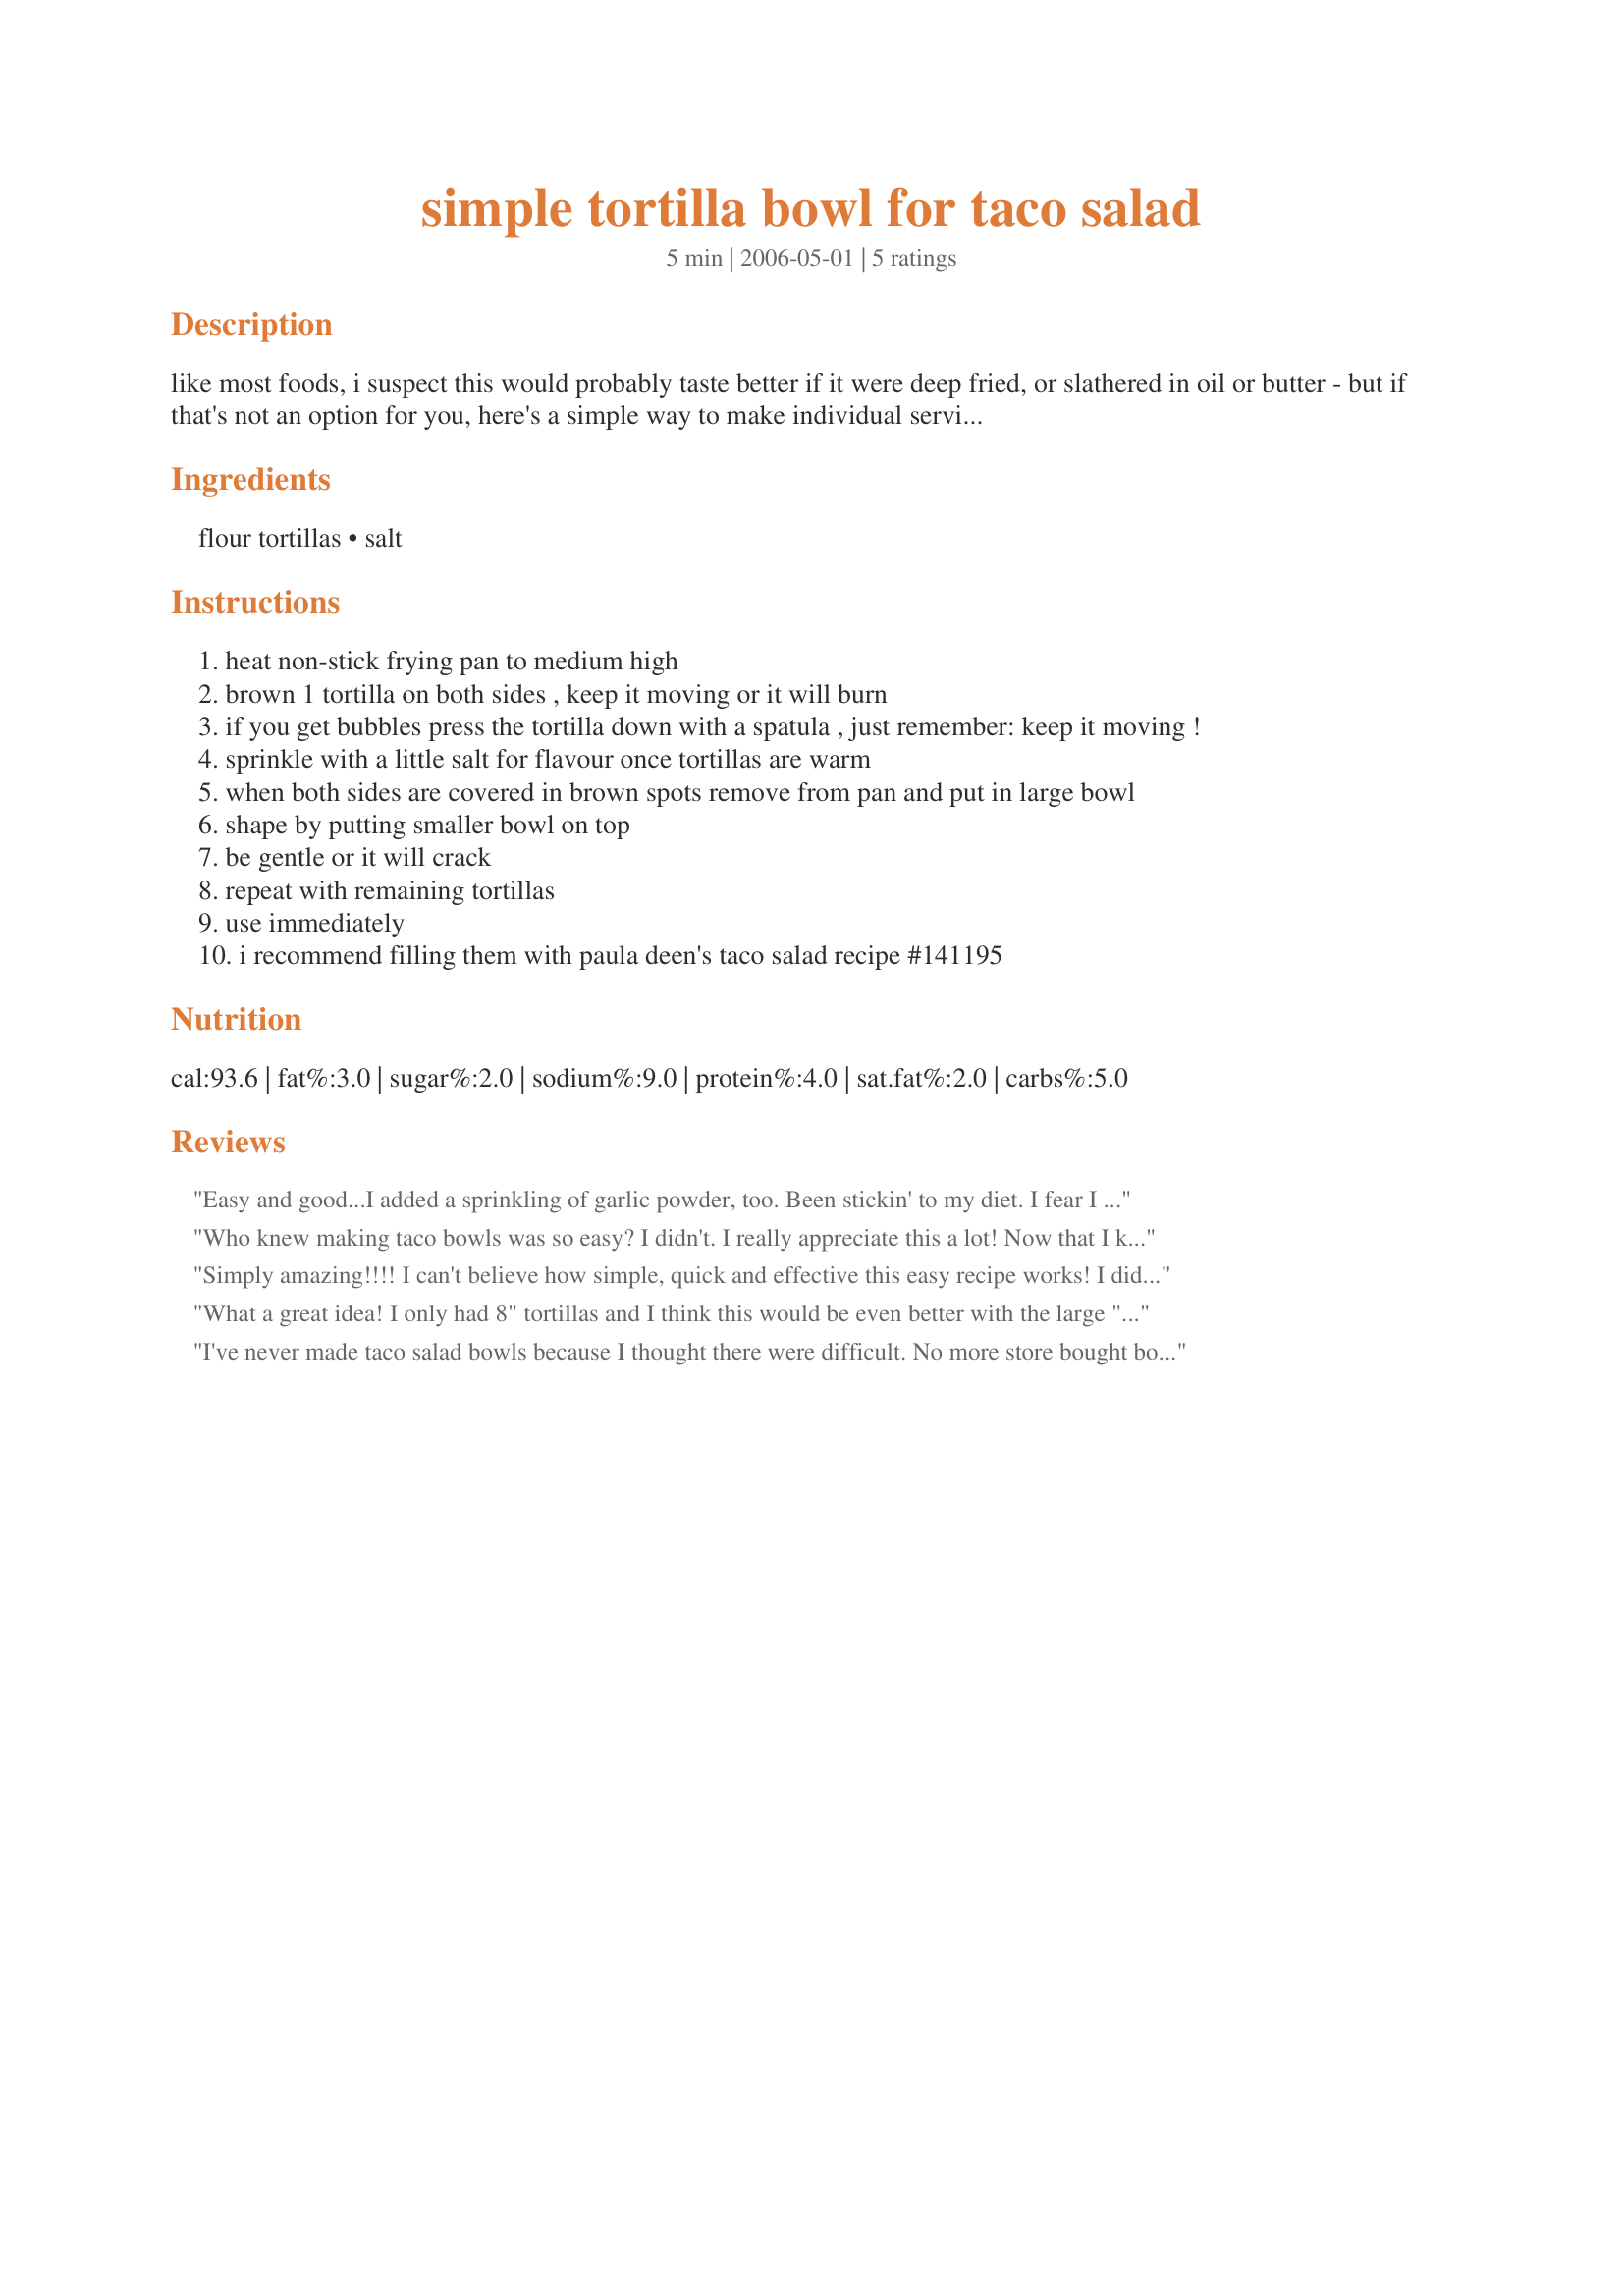
simple tortilla bowl for taco salad
Preparation time: 5 minutes

like most foods, i suspect this would probably taste better if it were deep fried, or slathered in oil or butter - but if that's not an option for you, here's a simple way to make individual serving bowls for your taco salad. you'll need a non-stick frying pan and two bowls that fit snugly together, the larger bowl will dictate the size of your tortilla bowl.

Ingredients:
flour tortillas, salt

Steps:
heat non-stick frying pan to medium high
brown 1 tortilla on both sides , keep it moving or it will burn
if you get bubbles press the tortilla down with a spatula , just remember: keep it moving !
sprinkle with a little salt for flavour once tortillas are warm
when both sides are covered in brown spots remove from pan and put in large bowl
shape by putting smaller bowl on top
be gentle or it will crack
repeat with remaining tortillas
use immediately
i recommend filling them with paula deen's taco salad recipe #141195

Reviews:
Easy and good...I added a sprinkling of garlic powder, too. Been stickin' to my diet. I fear I may give the term 'skinny' a whole new zipcode. Made for Alphabet Soup Tag.
Who knew making taco bowls was so easy? I didn't. I really appreciate this a lot! Now that I know how to do it, I will never have to buy premade ones again. I always have flour tortillas!
Simply amazing!!!! I can't believe how simple, quick and effective this easy recipe works! I didn't really make it to use it for anything special...but was thinking that it would even make a plain old dinner salad seem special...especially for those trying to watch their calories. No added fat at all! Worked very very well. I will certainly make these again in the future. I only had the 12" tortillas but bet the 14" ones would be even better! Those big ones meant to use for burritoes would even make a lovely centerpiece filled with tortilla chips for guests! Made for Spring PAC 2010.
What a great idea! I only had 8" tortillas and I think this would be even better with the large "burrito"-size ones. I forgot the salt but didn't miss it; after adding salad and vinaigrette (I didn't use for taco salad, just a "regular" salad), the tortilla bowl was seasoned enough for me. This is a recipe I will be utilizing over and over! Thanks for sharing!
I've never made taco salad bowls because I thought there were difficult. No more store bought bowls for me. This was quick and easy - delicious. Thank you for posting.
